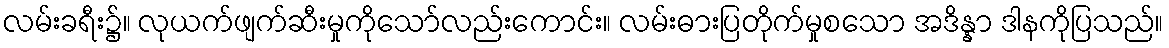
လမ်းခရီး၌။ လုယက်ဖျက်ဆီးမှုကိုသော်လည်းကောင်း။ လမ်းဓားပြတိုက်မှုစသော အဒိန္နာ ဒါနကိုပြသည်။